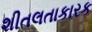
શીતલતાકારક